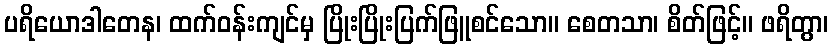
ပရိယောဒါတေန၊ ထက်ဝန်းကျင်မှ ပြိုးပြိုးပြက်ဖြူစင်သော။ စေတသာ၊ စိတ်ဖြင့်။ ဖရိတွာ၊